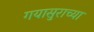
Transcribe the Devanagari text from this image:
गयासुराच्या